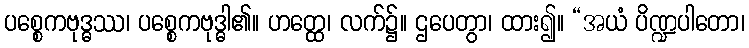
ပစ္စေကဗုဒ္ဓဿ၊ ပစ္စေကဗုဒ္ဓါ၏။ ဟတ္ထေ၊ လက်၌။ ဌပေတွာ၊ ထား၍။ “အယံ ပိဏ္ဍပါတော၊